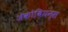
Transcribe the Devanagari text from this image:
जेकोबियन्स